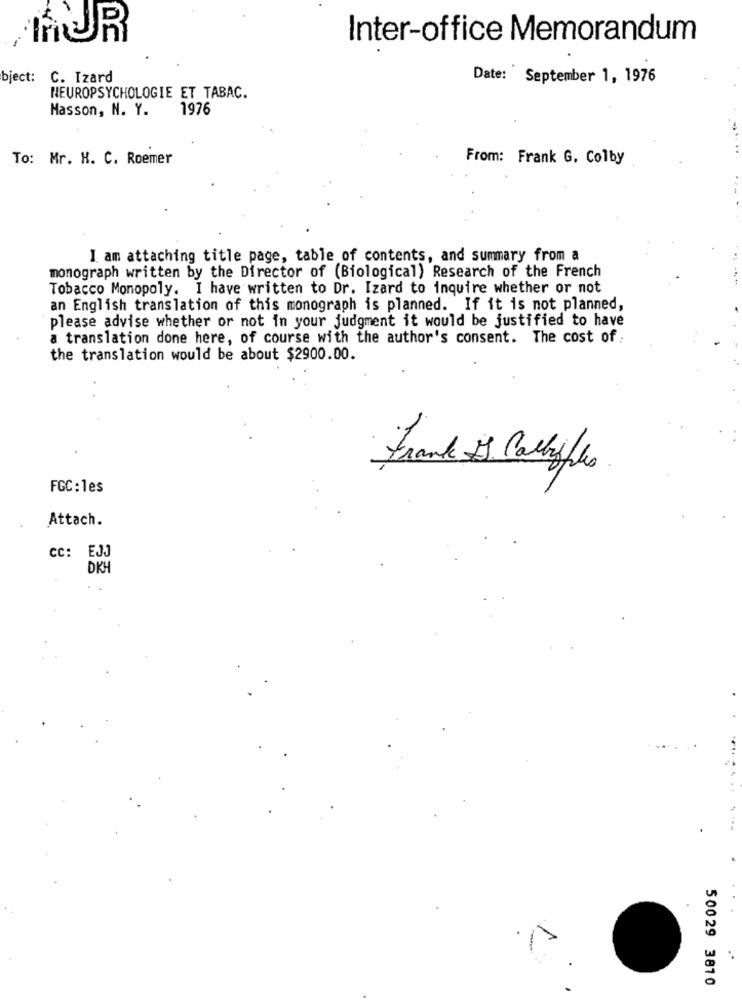
THUR
Inter-office Memorandum
bject:
C. Izard
Date: September 1, 1976
NEUROPSYCHOLOGIE ET TABAC.
Masson, N. Y.
1976
To: Mr. H. C. Roemer
From: Frank G. Colby
I am attaching title page, table of contents, and summary from a
monograph written by the Director of (Biological) Research of the French
Tobacco Monopoly. I have written to Dr. Izard to inquire whether or not
an English translation of this monograph is planned. If it is not planned,
please advise whether or not in your judgment it would be justified to have
a translation done here, of course with the author's consent. The cost of
the translation would be about $2900.00.
Frank IS Calbyles
FGC: 1es
Attach.
CC: EJJ
DKH
..
50029 3810